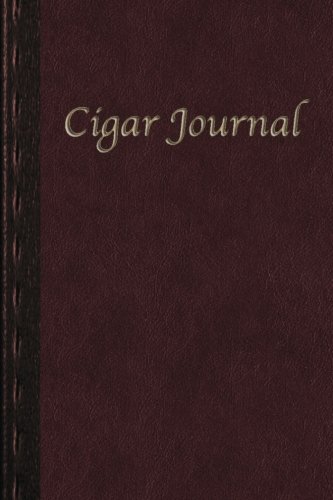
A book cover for Cigar Journal: for the Discerning Aficianado(Deluxe Second Edition); Scott A Rossell; Crafts, Hobbies & Home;